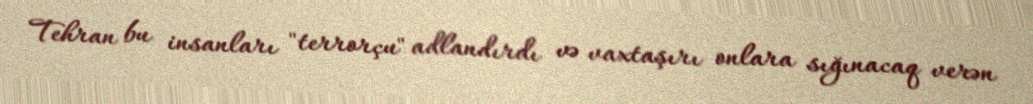
Tehran bu insanları "terrorçu" adlandırdı və vaxtaşırı onlara sığınacaq verən